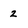
Character: 2